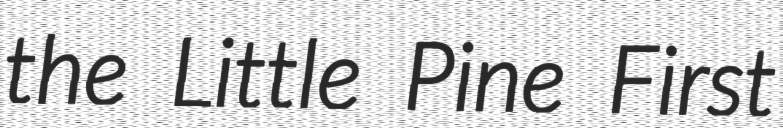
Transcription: the Little Pine First